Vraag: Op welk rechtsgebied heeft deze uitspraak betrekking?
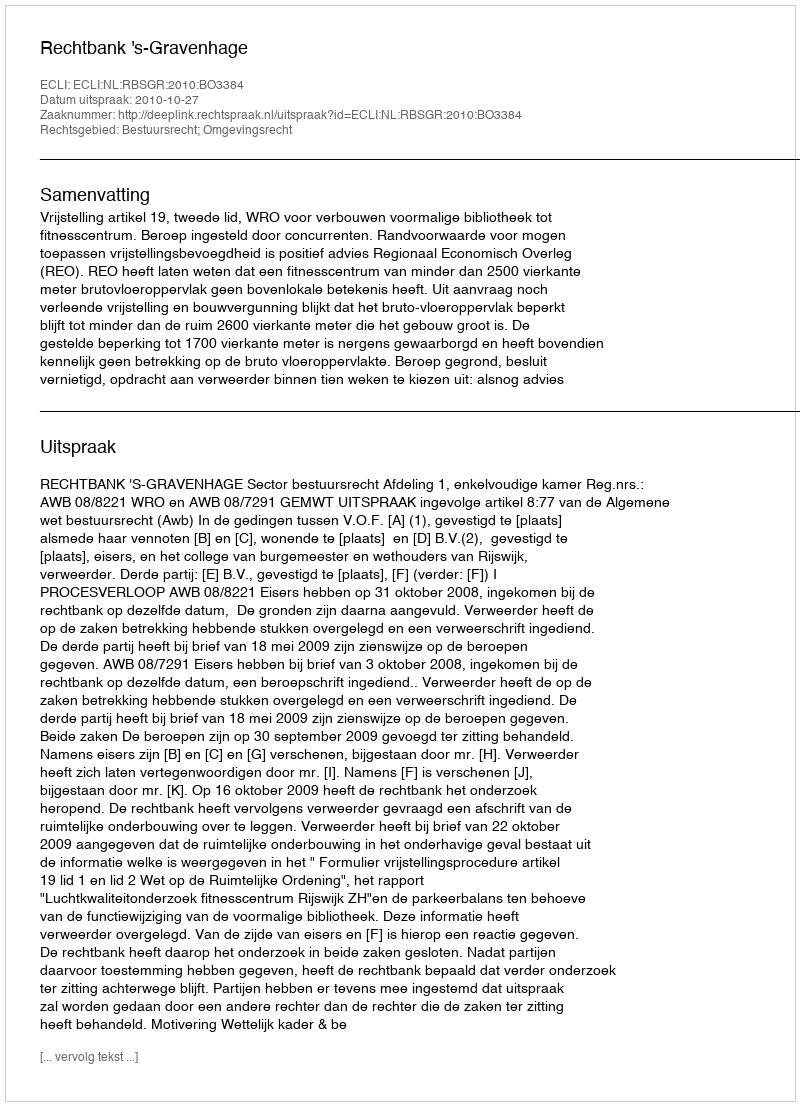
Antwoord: Bestuursrecht; Omgevingsrecht